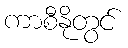
ကာစီနိုတွင်